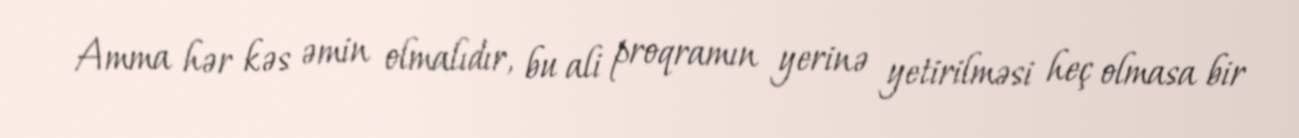
Amma hər kəs əmin olmalıdır, bu ali proqramın yerinə yetirilməsi heç olmasa bir